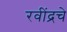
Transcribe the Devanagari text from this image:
रवींद्रचे